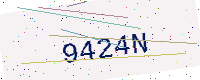
Text: 9424N